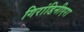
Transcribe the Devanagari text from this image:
गिरांडिनीएरा